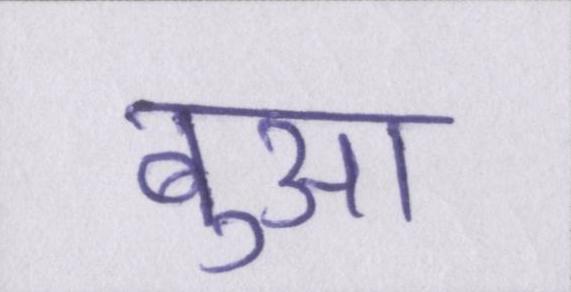
बुआ